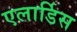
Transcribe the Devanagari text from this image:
एलार्डिस